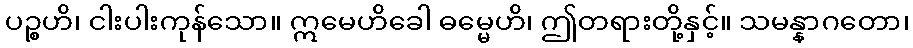
ပဉ္စဟိ၊ ငါးပါးကုန်သော။ ဣမေဟိခေါ ဓမ္မေဟိ၊ ဤတရားတို့နှင့်။ သမန္နာဂတော၊